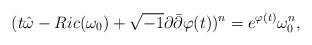
LaTeX: \begin{align*}(t\hat\omega-Ric(\omega_0)+\sqrt{-1}\partial\bar\partial\varphi(t))^n=e^{\varphi(t)}\omega_0^n,\end{align*}